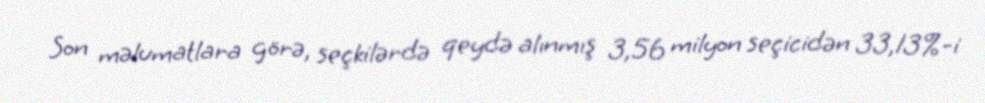
Son məlumatlara görə, seçkilərdə qeydə alınmış 3,56 milyon seçicidən 33,13%-i